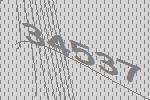
34537